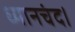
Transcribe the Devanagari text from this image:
ध्यानचंद।